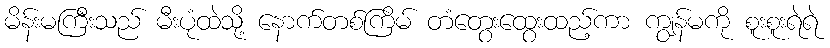
မိန်းမကြီးသည် မီးပုံထဲသို့ နောက်တစ်ကြိမ် တံတွေးထွေးထည့်ကာ ကျွန်မကို စူးစူးရဲရဲ